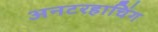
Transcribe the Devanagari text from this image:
अनटरहाचिंग